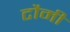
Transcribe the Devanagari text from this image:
टौमी